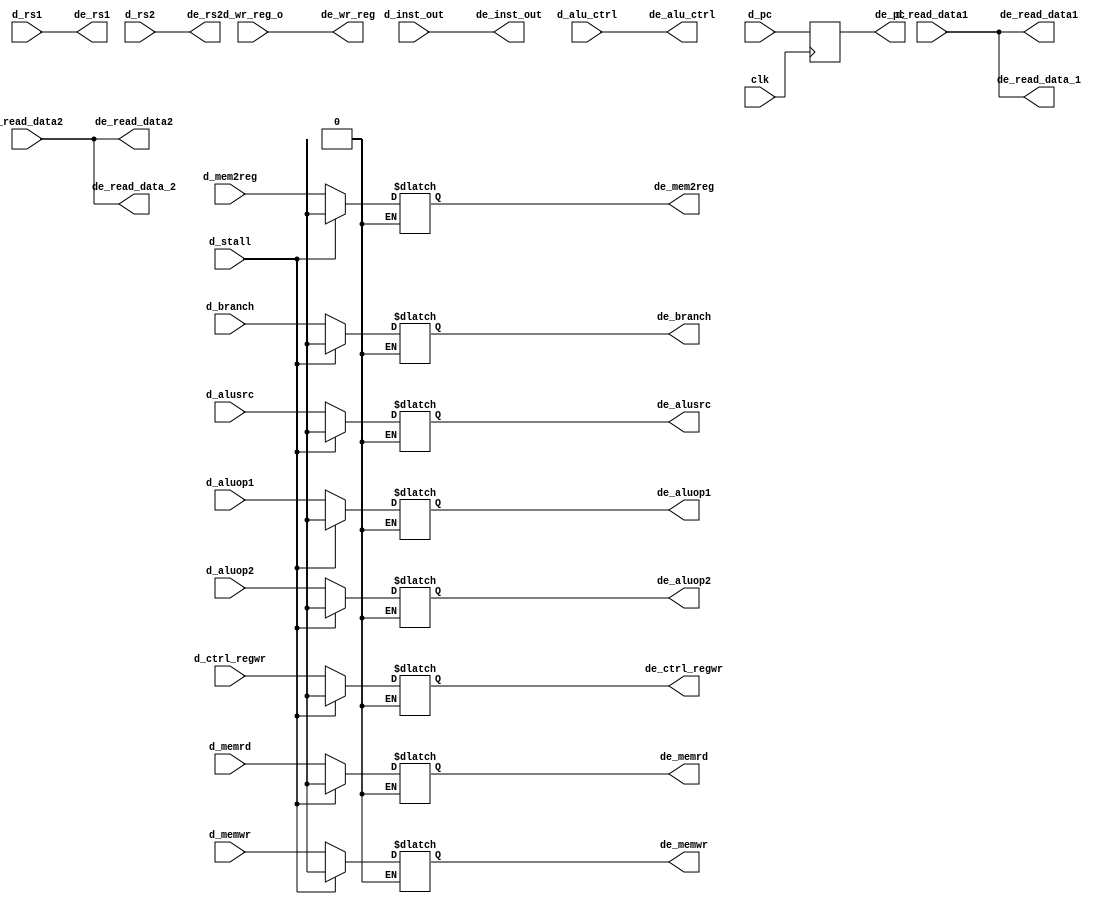
module dec_exe (
input clk,
input [63:0] d_read_data1,
input [63:0] d_read_data2, 
input d_alusrc,
input d_mem2reg,
input d_ctrl_regwr,   //from ctrl block
input d_memrd,
input d_memwr,
input d_branch,
input d_aluop1,
input d_aluop2,
input [11:0] d_pc,
input [63:0] d_inst_out,
input [5:0] d_wr_reg_o,
input [3:0] d_alu_ctrl,
input [4:0] d_rs1,
input [4:0] d_rs2,
input  d_stall,
output [11:0] de_pc,
output [63:0] de_read_data1,
output [63:0] de_read_data2,
output [63:0] de_read_data_1,
output [63:0] de_read_data_2, 
output de_alusrc,
output de_mem2reg,
output de_ctrl_regwr,
output de_memrd,
output de_memwr,
output de_branch,
output de_aluop1,
output de_aluop2,
output [63:0] de_inst_out,
output [5:0] de_wr_reg,
output [3:0] de_alu_ctrl,
output [4:0] de_rs1,
output [4:0] de_rs2
);


reg [63:0] dec_exe_regmem [20:0];

always @(*)
begin
	if(d_stall == 1'b0)
 	begin
		dec_exe_regmem[0] <= d_alusrc;  
		dec_exe_regmem[1] <= d_mem2reg;
		dec_exe_regmem[2] <= d_ctrl_regwr;
		dec_exe_regmem[3] <= d_memrd;
		dec_exe_regmem[4] <= d_memwr;
		dec_exe_regmem[5] <= d_branch;
		dec_exe_regmem[6] <= d_aluop1;
		dec_exe_regmem[7] <= d_aluop2;
	end
	else if(d_stall == 1'b1)
	begin
 		dec_exe_regmem[0] <= 64'dx;  
 		dec_exe_regmem[1] <= 64'dx;  
 		dec_exe_regmem[2] <= 64'dx;  
 		dec_exe_regmem[3] <= 64'dx;  
 		dec_exe_regmem[4] <= 64'dx;  
 		dec_exe_regmem[5] <= 64'dx;  
 		dec_exe_regmem[6] <= 64'dx;  
 		dec_exe_regmem[7] <= 64'dx;  
	end
	dec_exe_regmem[8]  <= d_read_data1;
	dec_exe_regmem[9]  <= d_read_data2;
	dec_exe_regmem[10] <= d_inst_out;
	dec_exe_regmem[11] <= d_wr_reg_o;
	dec_exe_regmem[12] <= d_alu_ctrl;
	dec_exe_regmem[14] <= d_rs1;
	dec_exe_regmem[15] <= d_rs2;
	
end

always @(posedge clk)
begin
	dec_exe_regmem[13] <= d_pc;
end

assign de_alusrc      = dec_exe_regmem[0];
assign de_mem2reg     = dec_exe_regmem[1]; 
assign de_ctrl_regwr  = dec_exe_regmem[2];
assign de_memrd       = dec_exe_regmem[3];
assign de_memwr       = dec_exe_regmem[4];
assign de_branch      = dec_exe_regmem[5];
assign de_aluop1      = dec_exe_regmem[6];
assign de_aluop2      = dec_exe_regmem[7];
assign de_read_data1  = dec_exe_regmem[8];
assign de_read_data2  = dec_exe_regmem[9];
assign de_read_data_1 = dec_exe_regmem[8];
assign de_read_data_2 = dec_exe_regmem[9];
assign de_inst_out    = dec_exe_regmem[10];
assign de_wr_reg      = dec_exe_regmem[11];
assign de_alu_ctrl    = dec_exe_regmem[12];
assign de_pc          = dec_exe_regmem[13];
assign de_rs1         = dec_exe_regmem[14];
assign de_rs2         = dec_exe_regmem[15];
endmodule